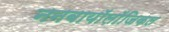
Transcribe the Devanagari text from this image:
ननबायाॅलाॅजिकल